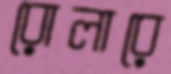
রোলারে